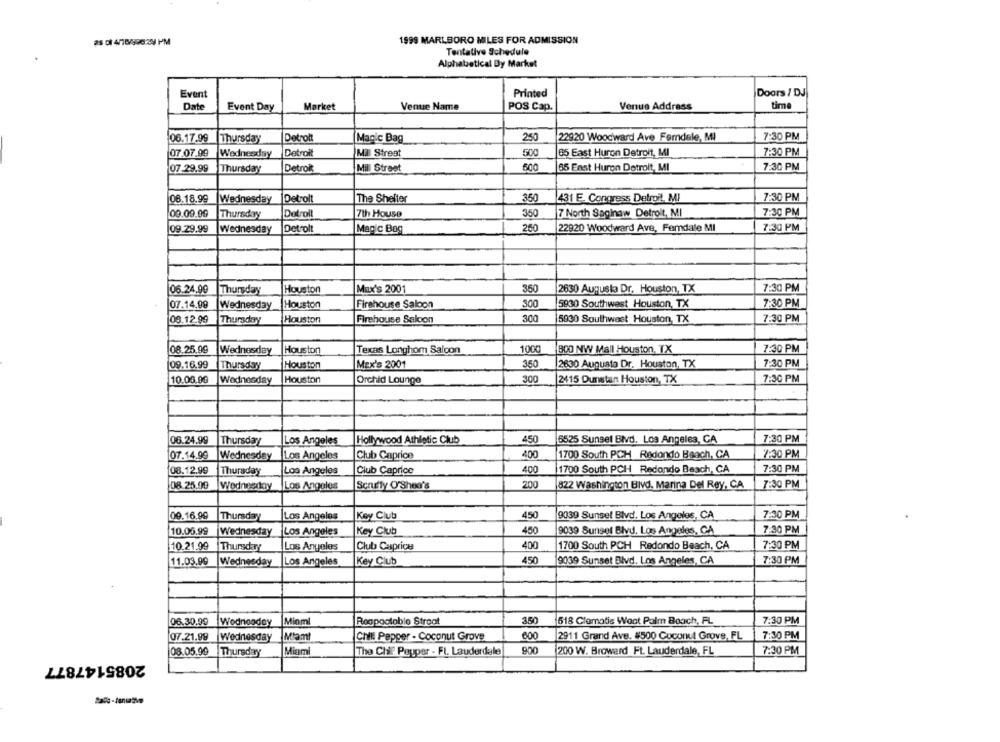
25 01 4/18/990:29 PM
1999 MARLBORO MILES FOR ADMISSION
Tentative Schedule
Alphabetical Dy Market
Event
Printed
Doors / DJ
Date
Event Day
Market
Venue Name
POS Cap.
Venue Address
time
06.17.99
Thursday
Detrolt
Magic Bag
250
22920 Woodward Ave Ferndale, MI
7:30 PM
07.07.99
Wednesday
Detroit
Ma Streat
500
85 East Huron Detroit, MI
7:30 PM
07-29.99
Thursday
Detroit
Mil Street
500
65 Enst Huren Detroit, MI
7:30 PM
06.18.99
Wednesday
Detrolt
The Shelter
350
431 E. Congress Detroit, MI
7:30 PM
00.09.99
Thursday
Detroit
7th House
350
7 North Saginaw Detroit, MI
7:30 PM
09.29.99
Wednesday
Detrolt
Magic Bog
260
22920 Woodward Ave, Femdale MI
7:30 PM
06.24.99
Houston
Max's 2001
350
2630 Augusta Dr. Houston, TX
7:30 PM
Thursday
07.14.99
Wednesday
Houston
Firehouse Saloon
300
5930 Southwest Houston, TX
7:30 PM
08.12.99
Thursday
Houston
Firehouse Saloon
300
5930 Southwest Houston, TX
7:30 PM
08.25.99
1000
800 NW Mall Houston, TX
7:30 PM
Wednesday
Houston
Texas Longhom Salcon
09.16.99
Thursday
Houston
MEx's 2001
350
2630 Auquata Dr. Houston, TX
7:30 PM
10.05.90
Houston
Orchid Lounge
300
7:30 PM
Wednesday
2415 Dunstan Houston, TX
7:30 PM
06.24.99
Thursday
Los Angeles
Hollywood Athletic Club
450
5525 Sungel Blvd, Los Angeles, CA
400
07.14.99
Wednesday
Los Angeles
Club Caprice
1700 South PCH Redondo Beach, CA
7:30 PM
400
7:30 PM
08.12.99
Thursday
Los Angeles
Club Caprice
1700 South PCH Redondo Beach, CA
08 25.99
Wednesday |Los Angeles
Scruffy O'Shea's
200
822 Washington Blvd. Marina Del Rey, CA
7:30 PM
7:30 PM
09.16.99
Thursday
Los Angeles
Key Club
450
9039 Sunset Blvd. Los Angeles, CA
10.05.99
Wednesday
Los Angeles
Key Club
450
9039 Sunset Blvd. Los Angeles, CA
7:30 PM
10.21.99
Thursday
Los Angeles
Club Caprice
400
1700 South PCH Redondo Beach, CA
7:30 PM
11.03.99
Wednesday
Los Angeles
Key Club
450
9039 Sunset Blvd. Los Angeles, CA
7:30 PM
06.30.99
Wednesday
Mioml
Respostablo Straat
350
518 Clematis West Palm Beach, FL
7:30 PM
07.21.99
Wednesday
Miami
Chili Pepper - Coconut Grove
600
2911 Grand Ave. #500 Coconut Grove, FL
7:30 PM
08.05.99
Thursday
Miam
The Chif. Pepper - Ft. Lauderdale
900
200 W. Browerd Ft. Lauderdale, FL
7:30 PM
2085147877